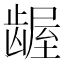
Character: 龌